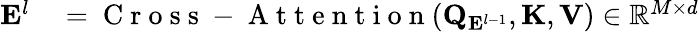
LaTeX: \begin{array}{rl}{\mathbf{E}^{l}}&{{}=\mathrm{~C~r~o~s~s~-~A~t~t~e~n~t~i~o~n~}(\mathbf{Q}_{\mathbf{E}^{l-1}},\mathbf{K},\mathbf{V})\in\mathbb{R}^{M\times d}}\end{array}